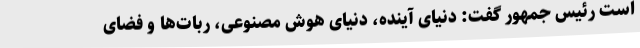
است رئیس جمهور گفت: دنیای آینده، دنیای هوش مصنوعی، ربات‌ها و فضای